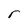
Character: r